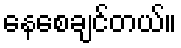
နေစေချင်တယ်။